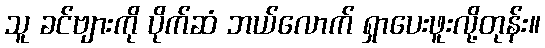
သူ ခင်ဗျားကို ပိုက်ဆံ ဘယ်လောက် ရှာပေးဖူးလို့တုန်း။